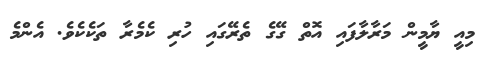
މިއީ ޔާމީން މަރާލާފައި އޮތް ގޭގެ ތެރޭގައި ހުރި ކެމެރާ ތަކެކެވެ. އެންމެ